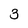
Character: 3